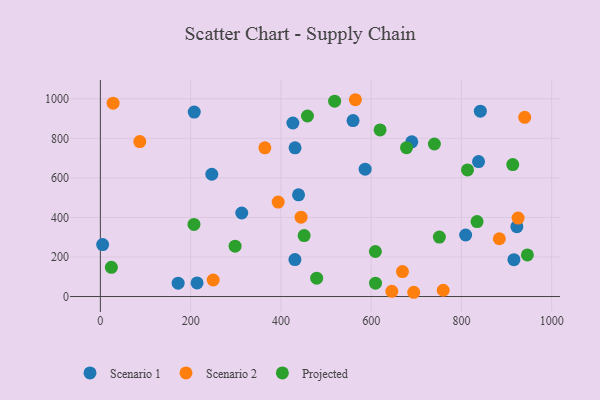
{"axis": {"x": "Experience", "y": "Rating"}, "legend": ["Projected", "Scenario 1", "Scenario 2"], "data": [{"x": "246.9", "y": 618.3, "type": "Scenario 1"}, {"x": "431.1", "y": 187.1, "type": "Scenario 1"}, {"x": "172.3", "y": 67.6, "type": "Scenario 1"}, {"x": "838.0", "y": 682.6, "type": "Scenario 1"}, {"x": "842.0", "y": 937.6, "type": "Scenario 1"}, {"x": "431.4", "y": 752.0, "type": "Scenario 1"}, {"x": "809.4", "y": 311.2, "type": "Scenario 1"}, {"x": "426.6", "y": 877.6, "type": "Scenario 1"}, {"x": "214.3", "y": 68.8, "type": "Scenario 1"}, {"x": "922.9", "y": 353.3, "type": "Scenario 1"}, {"x": "5.0", "y": 262.6, "type": "Scenario 1"}, {"x": "690.1", "y": 782.2, "type": "Scenario 1"}, {"x": "916.4", "y": 186.5, "type": "Scenario 1"}, {"x": "586.7", "y": 644.3, "type": "Scenario 1"}, {"x": "439.1", "y": 514.5, "type": "Scenario 1"}, {"x": "559.9", "y": 890.0, "type": "Scenario 1"}, {"x": "313.3", "y": 422.5, "type": "Scenario 1"}, {"x": "208.0", "y": 932.6, "type": "Scenario 1"}, {"x": "884.1", "y": 292.2, "type": "Scenario 2"}, {"x": "444.7", "y": 401.2, "type": "Scenario 2"}, {"x": "250.0", "y": 83.5, "type": "Scenario 2"}, {"x": "759.7", "y": 31.7, "type": "Scenario 2"}, {"x": "394.0", "y": 477.9, "type": "Scenario 2"}, {"x": "28.2", "y": 977.6, "type": "Scenario 2"}, {"x": "669.4", "y": 126.4, "type": "Scenario 2"}, {"x": "364.5", "y": 751.8, "type": "Scenario 2"}, {"x": "694.4", "y": 21.5, "type": "Scenario 2"}, {"x": "940.3", "y": 906.2, "type": "Scenario 2"}, {"x": "645.8", "y": 26.1, "type": "Scenario 2"}, {"x": "87.3", "y": 783.8, "type": "Scenario 2"}, {"x": "925.6", "y": 396.6, "type": "Scenario 2"}, {"x": "565.1", "y": 995.3, "type": "Scenario 2"}, {"x": "751.2", "y": 300.9, "type": "Projected"}, {"x": "609.7", "y": 67.5, "type": "Projected"}, {"x": "678.4", "y": 753.0, "type": "Projected"}, {"x": "946.2", "y": 210.4, "type": "Projected"}, {"x": "740.2", "y": 771.5, "type": "Projected"}, {"x": "913.8", "y": 667.2, "type": "Projected"}, {"x": "458.9", "y": 912.9, "type": "Projected"}, {"x": "813.6", "y": 640.2, "type": "Projected"}, {"x": "207.4", "y": 364.6, "type": "Projected"}, {"x": "451.5", "y": 308.5, "type": "Projected"}, {"x": "519.1", "y": 988.0, "type": "Projected"}, {"x": "609.4", "y": 227.6, "type": "Projected"}, {"x": "24.4", "y": 147.8, "type": "Projected"}, {"x": "834.7", "y": 379.1, "type": "Projected"}, {"x": "479.3", "y": 92.9, "type": "Projected"}, {"x": "619.8", "y": 842.8, "type": "Projected"}, {"x": "298.5", "y": 254.7, "type": "Projected"}]}